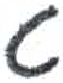
אות: ג